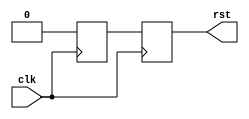
module reset_generator(
    input clk,
    output rst
);

   reg 	   rst1 = 1'b1, rst2 = 1'b1;
   assign  rst = rst2;

   always @(posedge clk) begin
      rst1 <= 1'b0;
      rst2 <= rst1;
   end

endmodule // reset_generator